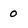
Character: o